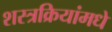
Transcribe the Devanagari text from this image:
शस्त्रक्रियांमधे